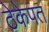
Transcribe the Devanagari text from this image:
ठेकेपत